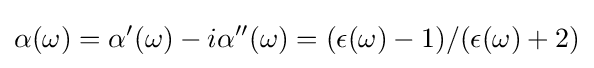
\alpha (\omega )=\alpha '(\omega )-i\alpha ''(\omega )=(\epsilon (\omega )-1)/(\epsilon (\omega )+2)